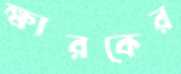
ক্ষারকের